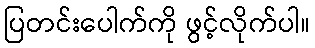
ပြတင်းပေါက်ကို ဖွင့်လိုက်ပါ။